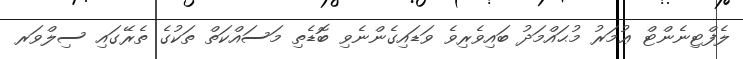
ލެފްޓިނެންޓް ޢުމަރު މުޙައްމަދު ބައިވެރިވެ ވަޑައިގެންނެވި ބޮޑެތި މަސައްކަތް ތަކުގެ ތެރޭގައި ސިލްވަރ